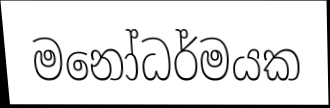
මනෝධර්මයක